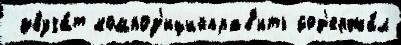
 звуча́т композ'ицийправ'ить сод'ержа́л